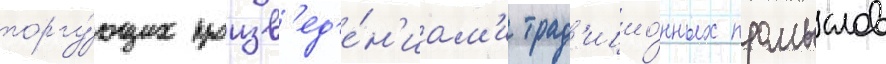
торгу́ющих произв'ед'е́н'иам'и трад'ицио́нных промыслов